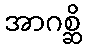
အာဂစ္ဆိ